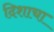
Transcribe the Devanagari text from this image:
दिशाचा